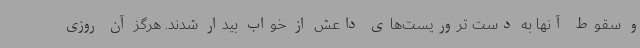
و سقوط آنها به دست تروریست‌های داعش از خواب بیدار شدند. هرگز آن روزی